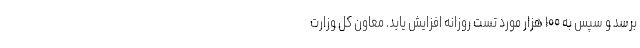
برسد و سپس به ۱۰۰ هزار مورد تست روزانه افزایش یابد. معاون کل وزارت